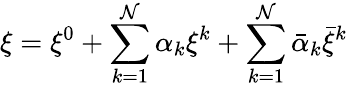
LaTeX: \xi=\xi^{0}+\sum_{k=1}^{\cal N}\alpha_{k}\xi^{k}+\sum_{k=1}^{\cal N}\bar{\alpha}_{k}\bar{\xi}^{k}